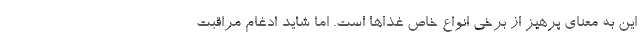
این به معنای پرهیز از برخی انواع خاص غذاها است. اما شاید ادغام مراقبت